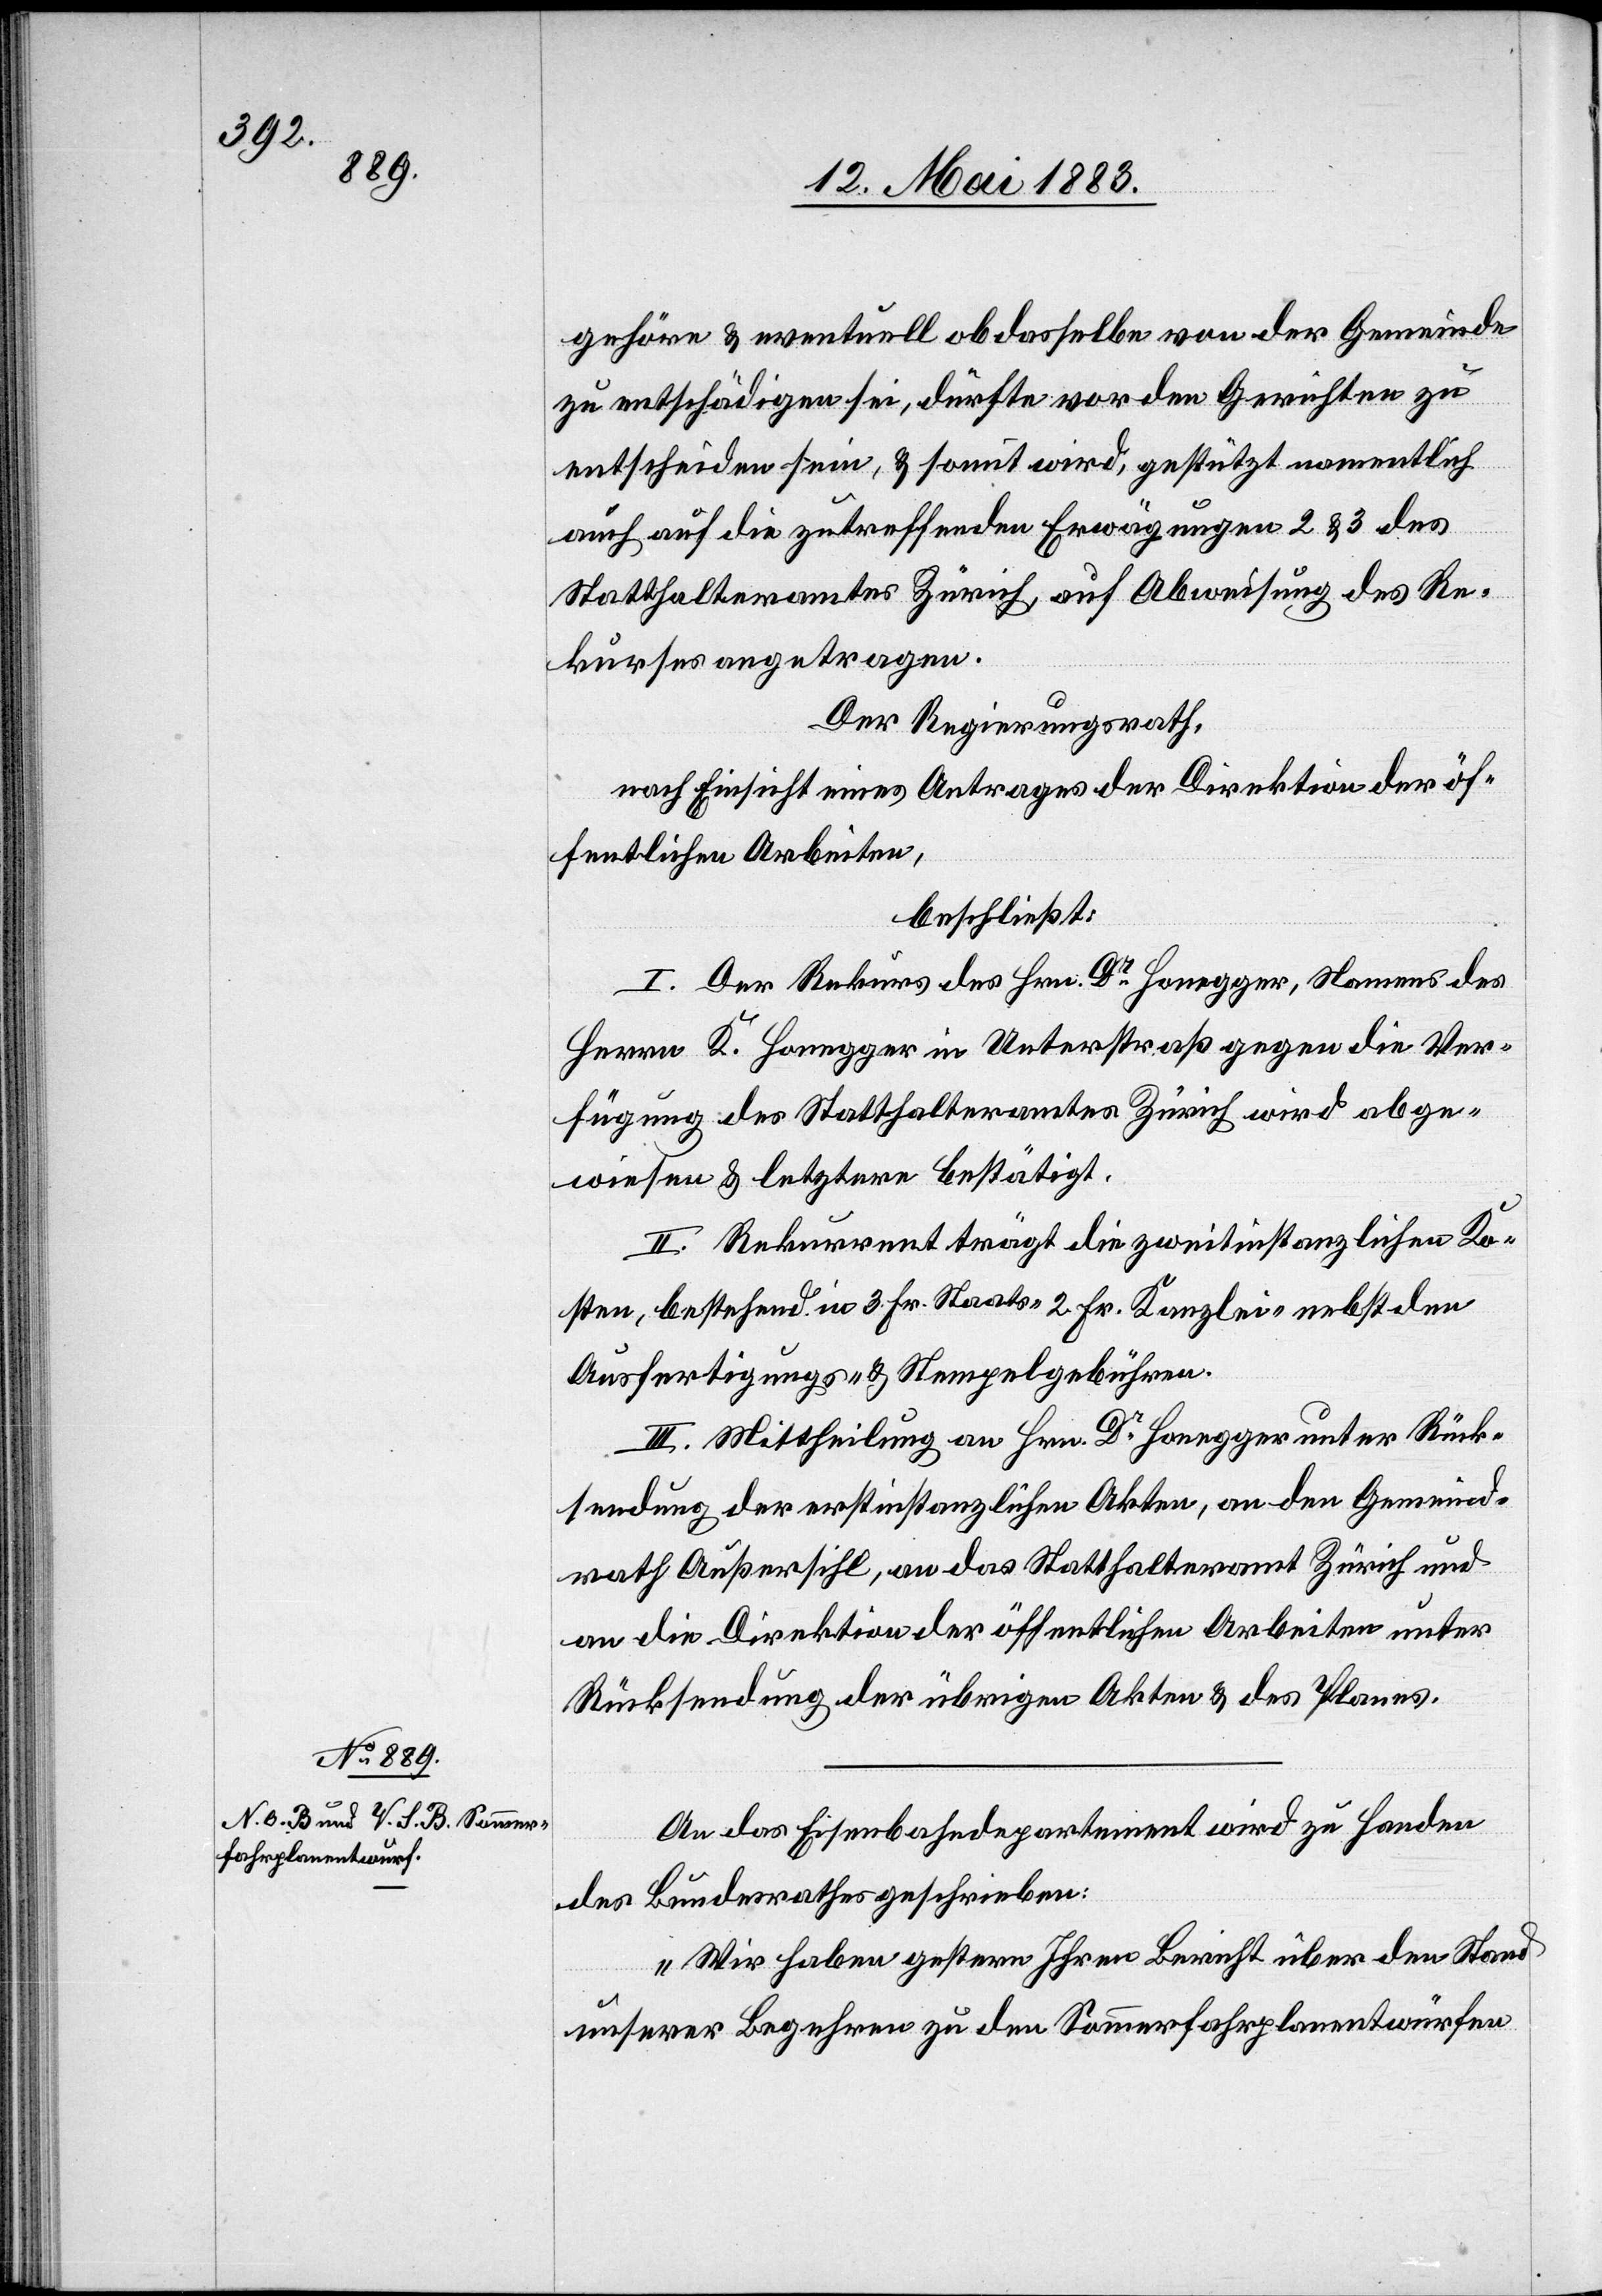
gehöre & eventuell ob dasselbe von der Gemeinde
zu entschädigen sei, dürfte von den Gerichten zu
entscheiden sein, & somit wird, gestützt namentlich
auch auf die zutreffenden Erwägungen 2 & 3 des
Statthalteramtes Zürich, auf Abweisung des Re¬
kurses angetragen.
Der Regierungsrath,
nach Einsicht eines Antrages der Direktion der öf¬
fentlichen Arbeiten,
beschließt:
I. Der Rekurs des Hrn. Dr Honegger, Namens des
Herrn K. Honegger in Unterstraß gegen die Ver¬
fügung des Statthalteramtes Zürich wird abge¬
wiesen & letztere bestätigt.
II. Rekurrent trägt die zweitinstanzlichen Ko¬
sten, bestehend in 3 Fr. Staats-[,] 2 Fr. Kanzlei- nebst den
Ausfertigungs- und Stempelgebühren.
III. Mittheilung an Hrn. Dr Honegger unter Rück¬
sendung der erstinstanzlichen Akten, an den Gemeind¬
rath Außersihl, an das Statthalteramt Zürich und
an die Direktion der öffentlichen Arbeiten unter
Rücksendung der übrigen Akten & des Planes.
An das Eisenbahndepartement wird zu Handen
des Bundesrathes geschrieben:
„Wir haben gestern Ihren Bericht über den Stand
unserer Begehren zu den Sommerfahrplanentwürfen